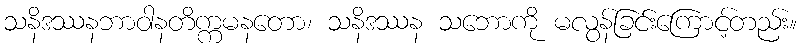
သနိဒဿနဘာဝါနတိက္ကမနတော၊ သနိဒဿန သဘောကို မလွန်ခြင်းကြောင့်တည်း။